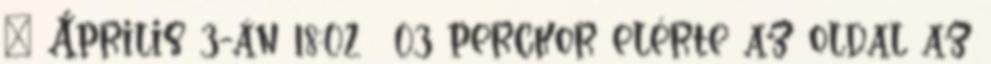
① Április 3-án 18:02 03 perckor elérte az oldal az